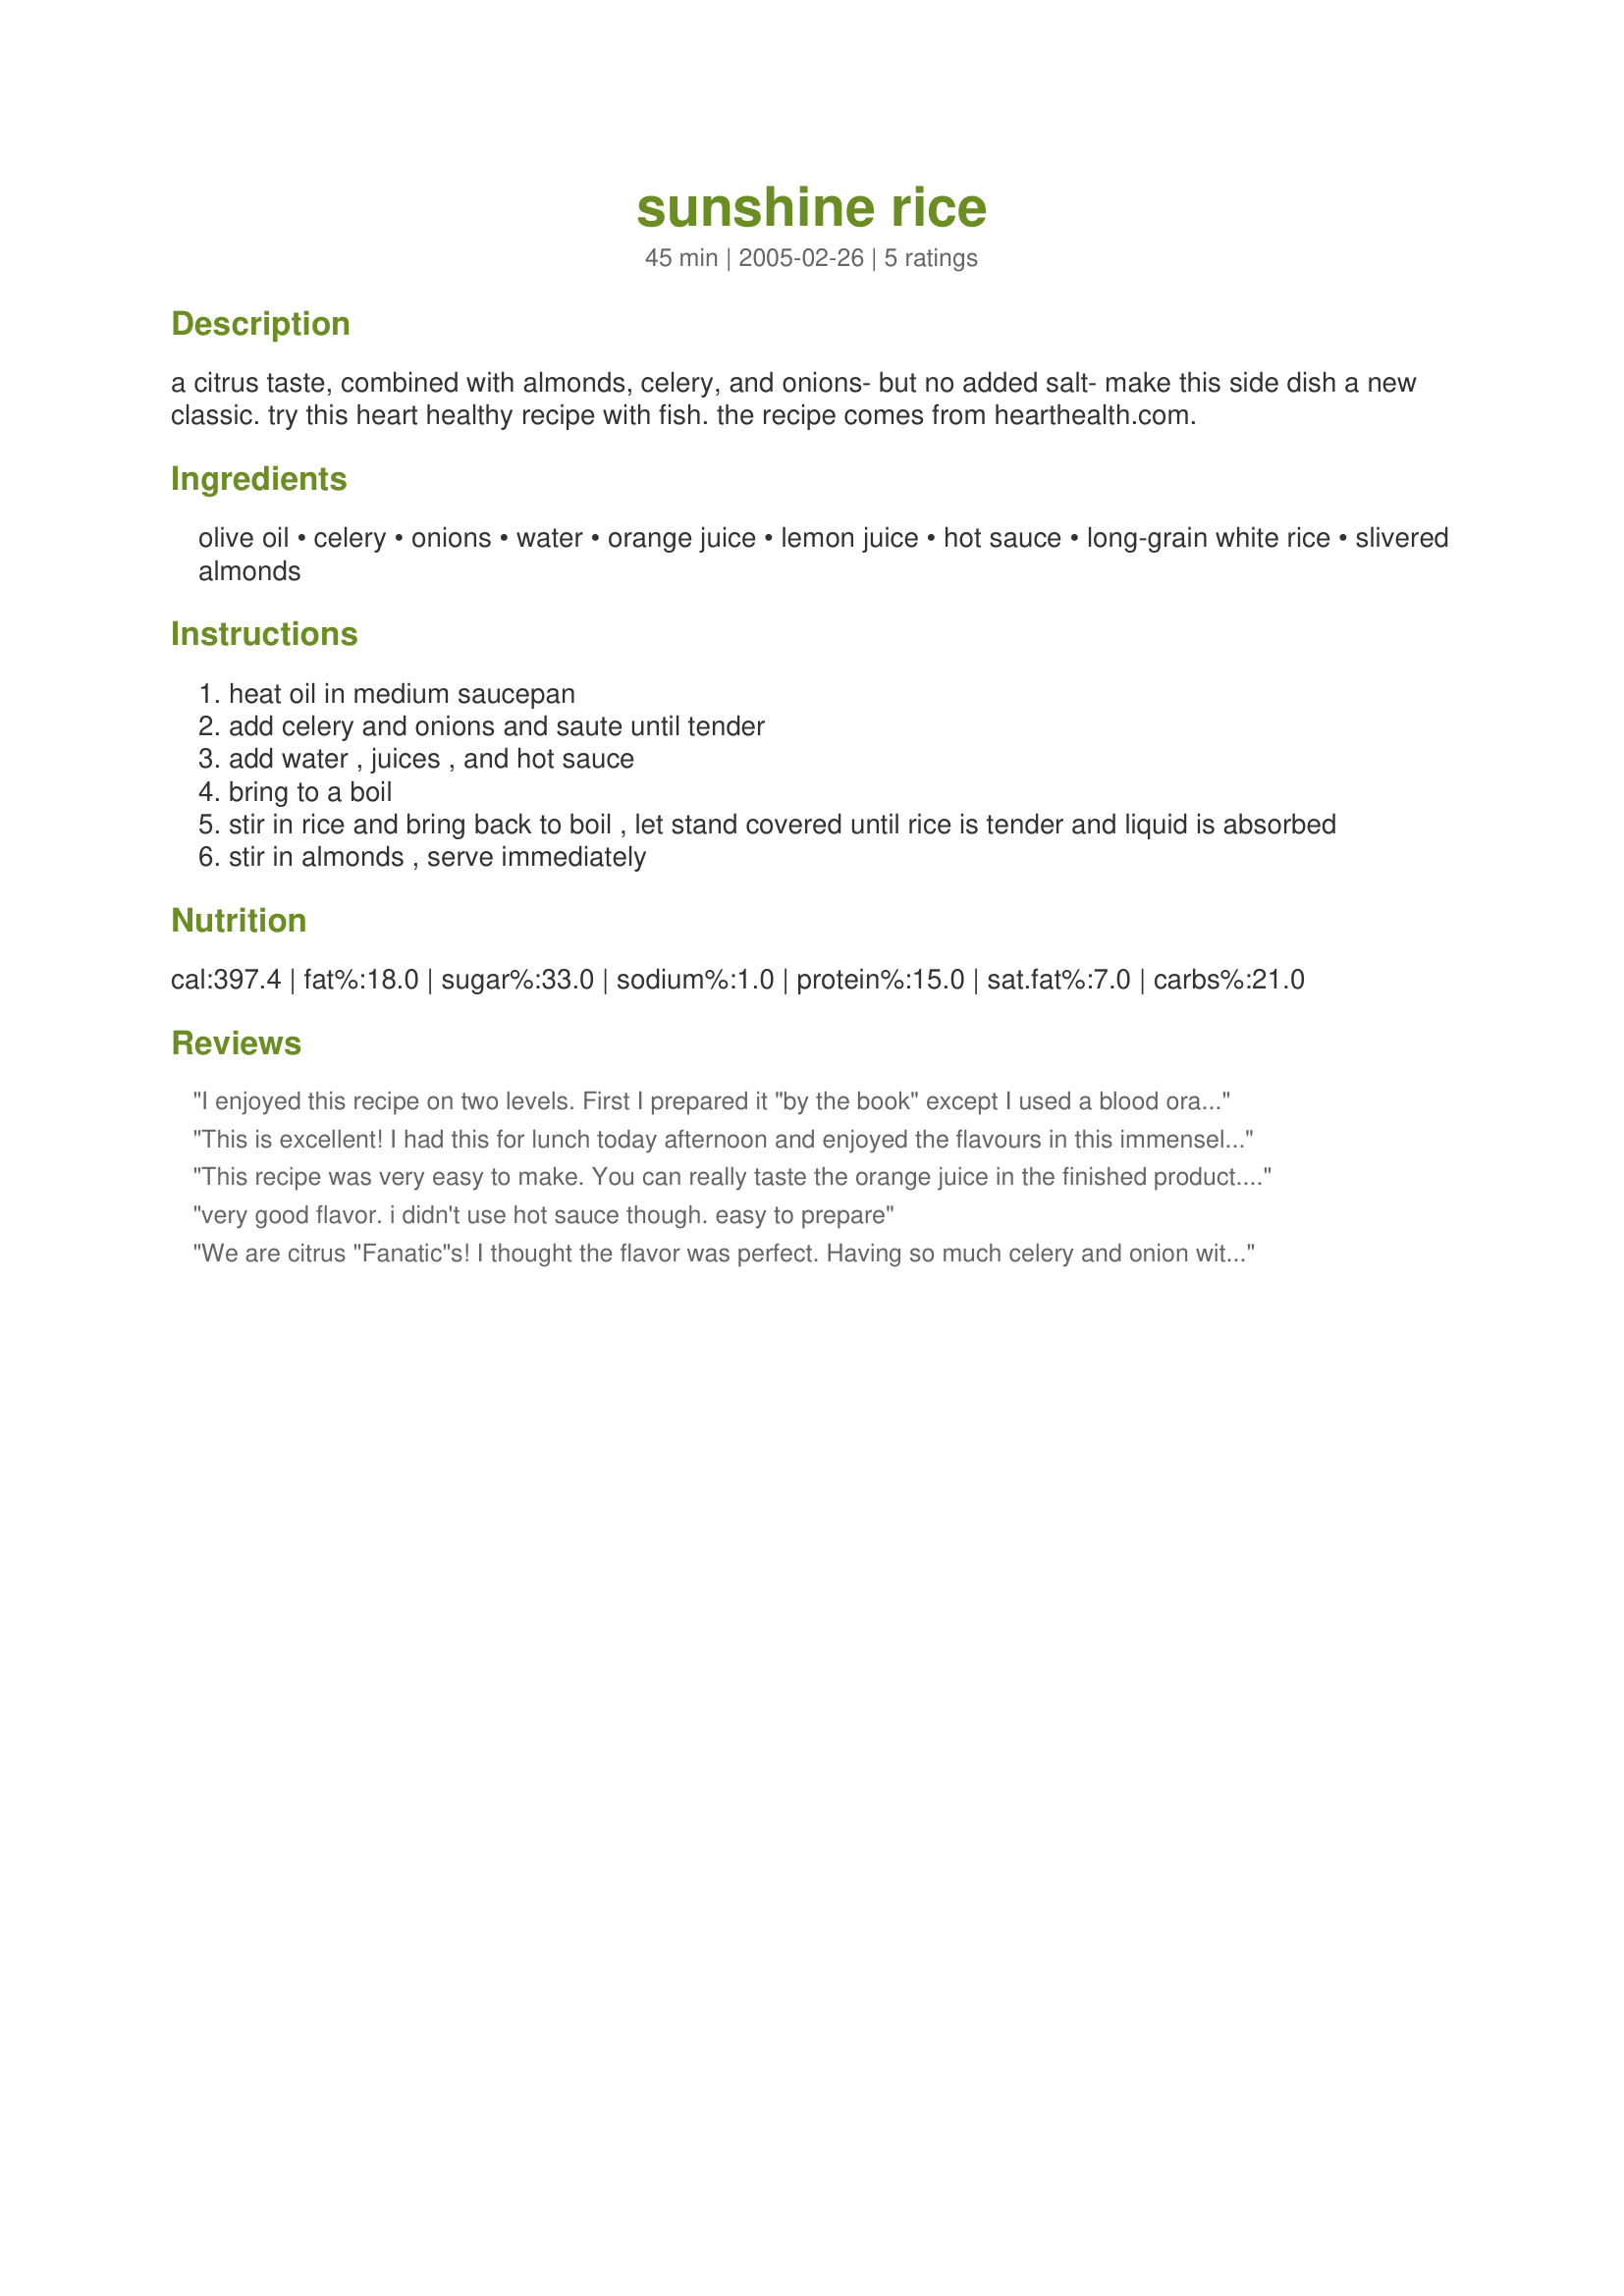
sunshine rice
Preparation time: 45 minutes

a citrus taste, combined with almonds, celery, and onions- but no added salt- make this side dish a new classic. try this heart healthy recipe with fish. the recipe comes from hearthealth.com.

Ingredients:
olive oil, celery, onions, water, orange juice, lemon juice, hot sauce, long-grain white rice, slivered almonds

Steps:
heat oil in medium saucepan
add celery and onions and saute until tender
add water , juices , and hot sauce
bring to a boil
stir in rice and bring back to boil , let stand covered until rice is tender and liquid is absorbed
stir in almonds , serve immediately

Reviews:
I enjoyed this recipe on two levels. First I prepared it "by the book" except I used a blood orange to give it a pretty color, I chopped up some whole raw almonds and roasted them and I only has basmati rice in the house so that's the only other change I made.. It was light and VERY tasty - especially for a "healthy" dish. But, after trying it in its "healthy" 5* form, I could not resist adding a little unsalted butter, because basmati rice is so good that way, and I sprinkled a little kosher salt on top. This was also a 5* combination. This is a great recipe to meet a variety of needs - my mom, who is on a special diet, liked it the first way, and the rest of us enjoyed it the "naughty" way. I’m sure I will enjoy it both ways, many times to come! This is a great combination; thanks Barb!
This is excellent! I had this for lunch today afternoon and enjoyed the flavours in this immensely. I love the colour of this rice and it is just so pleasing to the eyes. {Recipes as pretty as this make me wish I was a cow with more than one stomach! LOL}. My cook prepared this for me and accidentally added in 1/2 tsp. of salt for which I did get upset and told him that when a recipe does not mention it nor do I, he does not have to add it. The rice is amazing and went very well with Cauliflower in Five Spices{recipe # 82836. I will make this aha rice again. Thank you for posting the recipe! :)
This recipe was very easy to make. You can really taste the orange juice in the finished product. My family, however, did not like it. Not that there is anything wrong with the recipe-I wish we had liked it because it was easy and did exactly what I expected it to do cookingwise-we found the taste too orangey for us and just a little bitter.
very good flavor. i didn't use hot sauce though. easy to prepare
We are citrus "Fanatic"s! I thought the flavor was perfect. Having so much celery and onion with less rice made the dish unique and very satisfying. We used Jasmine rice (since the recipe called for long-grain white rice) but next time we will make it with brown rice. We served curried salmon with this rice and all of the flavors held up nicely against the coconut and spices. A+
